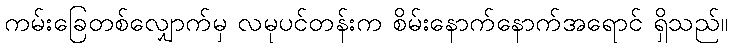
ကမ်းခြေတစ်လျှောက်မှ လမုပင်တန်းက စိမ်းနောက်နောက်အရောင် ရှိသည်။